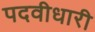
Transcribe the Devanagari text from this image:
पदवीधारी